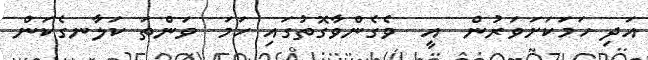
އަދި ހަމަކަށަވަރުން  އީ  ވެގެންވާގޮތުގައި ހަމަ  ވަންތަ ކަލާނގެކަން